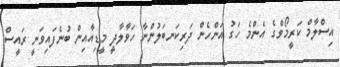
އިސްލާމް ކަރީމޯވްގެ އެންމެ ހަގު އަންހެން ދަރިކަނބަލުންނާ ހަވާލާދީ މީޑިއާއިން ބުނެފައިވަނީ ރައީސް